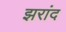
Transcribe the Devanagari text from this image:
झरांद